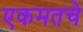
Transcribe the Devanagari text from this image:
एकमतचे